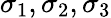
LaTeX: \sigma_{1},\sigma_{2},\sigma_{3}